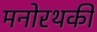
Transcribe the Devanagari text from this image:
मनोरथकी